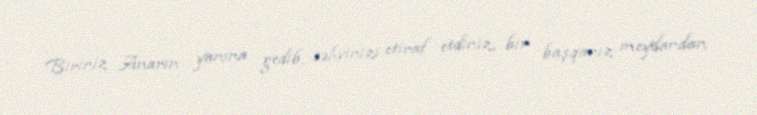
Biriniz Anarın yanına gedib, səhvinizi etiraf etdiniz, bir başqanız meydandan